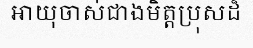
អាយុចាស់ជាងមិត្តប្រុសដ៏